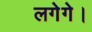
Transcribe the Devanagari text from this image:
लगेगे।